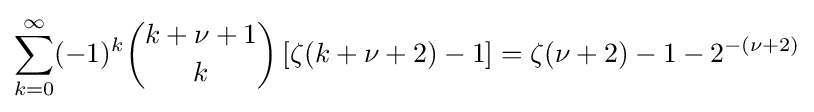
\sum _{k=0}^{\infty }(-1)^{k}{k+\nu +1 \choose k}\left[\zeta (k+\nu +2)-1\right]=\zeta (\nu +2)-1-2^{-(\nu +2)}